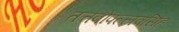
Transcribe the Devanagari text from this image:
तत्तवोपल्लवसिंह